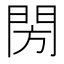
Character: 閍